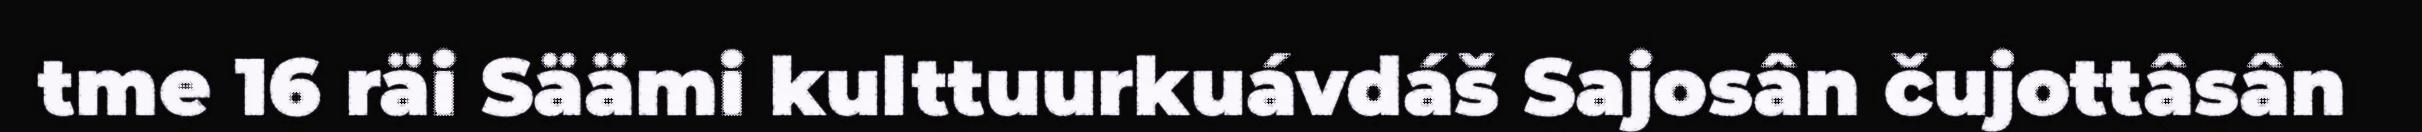
tme 16 räi Säämi kulttuurkuávdáš Sajosân čujottâsân